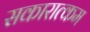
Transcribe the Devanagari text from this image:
सकारात्‍कम